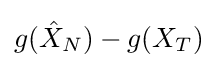
g({\hat {X}}_{N})-g(X_{T})